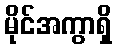
မိုင်အကွာရှိ